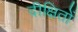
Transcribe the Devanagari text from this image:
दीक्षितों